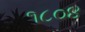
૧૮૦૪